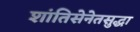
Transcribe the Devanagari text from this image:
शांतिसेनेतसुद्धा